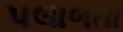
પલાળતા